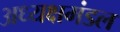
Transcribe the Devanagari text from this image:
अध्यक्षमंडल